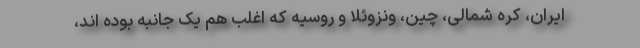
ایران، کره شمالی، چین، ونزوئلا و روسیه که اغلب هم یک جانبه بوده اند،